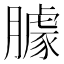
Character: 臄